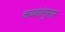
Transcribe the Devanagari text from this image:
कयद्यांनुसार